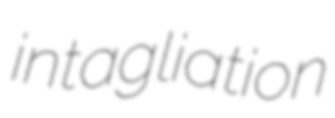
intagliation